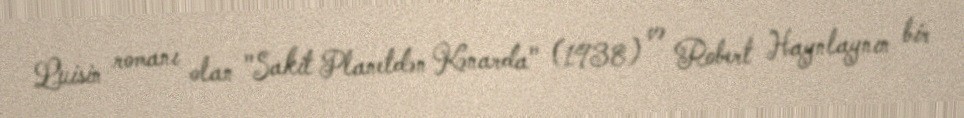
Luisin romanı olan "Sakit Planetdən Kənarda" (1938) və Robert Haynlaynın bir